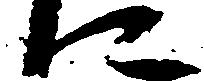
に